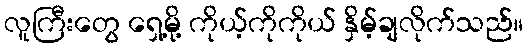
လူကြီးတွေ ရှေ့မို့ ကိုယ့်ကိုကိုယ် နှိမ့်ချလိုက်သည်။